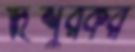
দিশুরকর